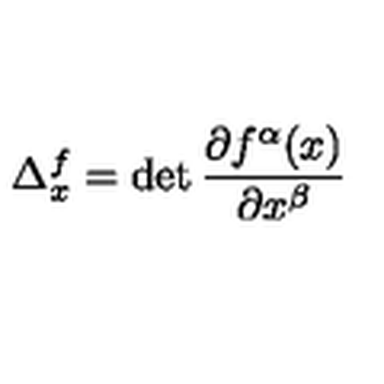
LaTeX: \Delta _ { x } ^ { f } = \det \frac { \partial f ^ { \alpha } ( x ) } { \partial x ^ { \beta } }